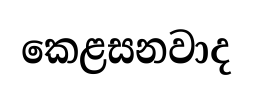
කෙළසනවාද